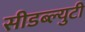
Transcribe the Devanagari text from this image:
सीडब्ल्युटी